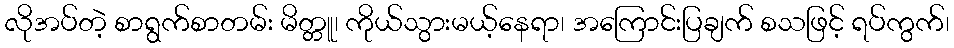
လိုအပ်တဲ့ စာရွက်စာတမ်း မိတ္တူ၊ ကိုယ်သွားမယ့်နေရာ၊ အကြောင်းပြချက် စသဖြင့် ရပ်ကွက်၊